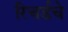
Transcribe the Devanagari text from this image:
रिचर्डचे